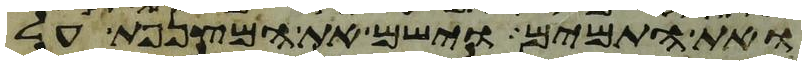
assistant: ואת התמים וישם את המצנפת על